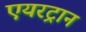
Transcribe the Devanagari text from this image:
एयरट्रान